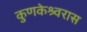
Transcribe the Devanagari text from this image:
कुणकेश्र्वरास